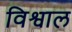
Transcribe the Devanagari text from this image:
विश्वाल